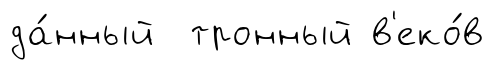
да́нный тронный в'еко́в